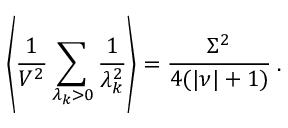
\left\langle \frac 1 { V ^ { 2 } } \sum _ { \lambda _ { k } > 0 } \frac 1 { \lambda _ { k } ^ { 2 } } \right\rangle = \frac { \Sigma ^ { 2 } } { 4 ( | \nu | + 1 ) } \: .